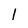
Character: 1